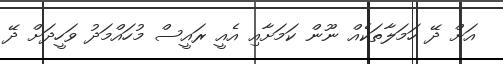
އަށް ދޭ ހަމަލާތަކެއް ނޫން ކަމަށާއި އެއީ ރައީސް މުހައްމަދު ވަހީދަށް ދޭ